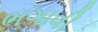
ભગાવી